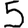
Digit: 5